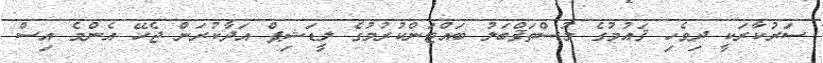
ސަރުކާރަކީ ދިވެހި ޤައުމުގެ މުސްތަޤްބަލު ބައްޓަންކުރުމުގެ ލީޑަޝިޕް އަދާކުރަން ޖެހޭ އެންމެ އިސް